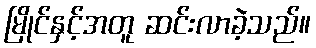
မြိုင်နှင့်အတူ ဆင်းလာခဲ့သည်။